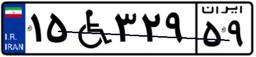
۱۵W۳۲۹۵۹